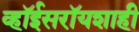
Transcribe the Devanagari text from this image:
व्हॉईसरॉयशाही